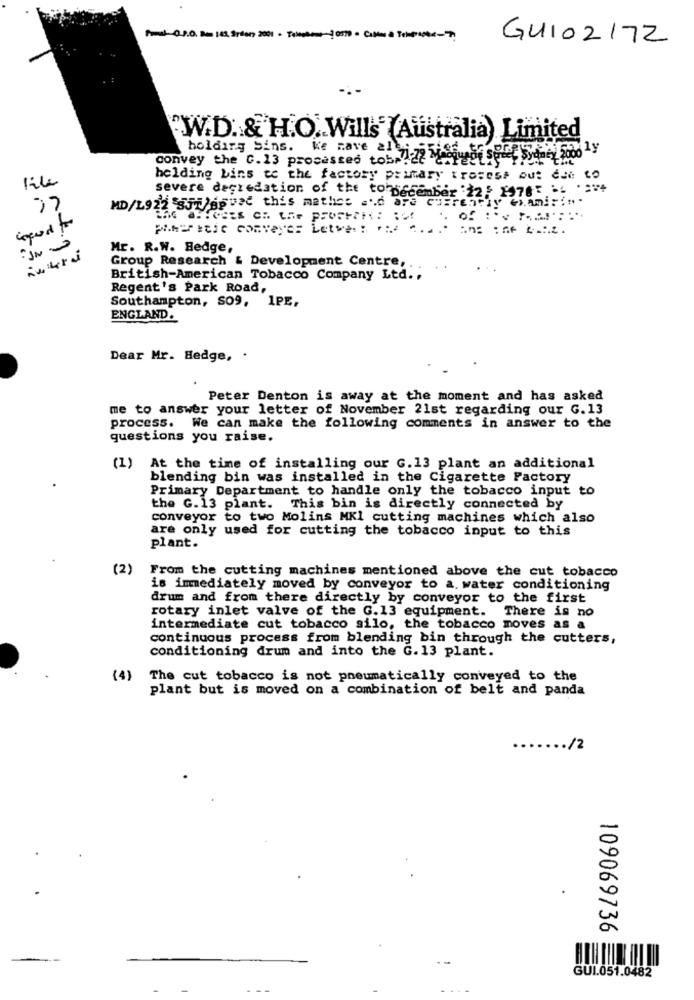
Porel-0.2.0. 80 168, Spory 2001 . Tomar-2010 - Culus à Tempsptx-7
GUI02172
"W.D. & H.O. Wills (Australia) Limited
holding Sins. Ke mave all
convey the 0.13 processed tobruet MegetSe
File
holding bins te the factory primary trosess out ede to
severe degradation of the to December :22: 1976= == == +
MD/1922 35Jegved this mathes and are currently chamirin.
petitie Conveyer Letter: na ..
"IN "
Mr. R.W. Hedge,
Group Research & Development Centre ,.
British-American Tobacco Company Ltd. ,
Regent's Park Road,
Southampton, SO9, 1PE,
ENGLAND.
Dear Mr. Hedge, .
Peter Denton is away at the moment and has asked
me to answer your letter of November 21st regarding our G. 13
process. We can make the following comments in answer to the
questions you raise.
(1) At the time of installing our G.13 plant an additional
blending bin was installed in the Cigarette Factory
Primary Department to handle only the tobacco input to
the G. 13 plant. This bin is directly connected by
conveyor to two Molins MKI cutting machines which also
are only used for cutting the tobacco input to this
plant.
(2)
From the cutting machines mentioned above the cut tobacco
is immediately moved by conveyor to a. water conditioning
drum and from there directly by conveyor to the first
rotary inlet valve of the G.13 equipment. There is no
intermediate cut tobacco silo, the tobacco moves as a
continuous process from blending bin through the cutters,
conditioning drum and into the G. 13 plant.
(4)
The cut tobacco is not pneumatically conveyed to the
plant but is moved on a combination of belt and panda
/2
109069736
GUI.051.0482
-
-